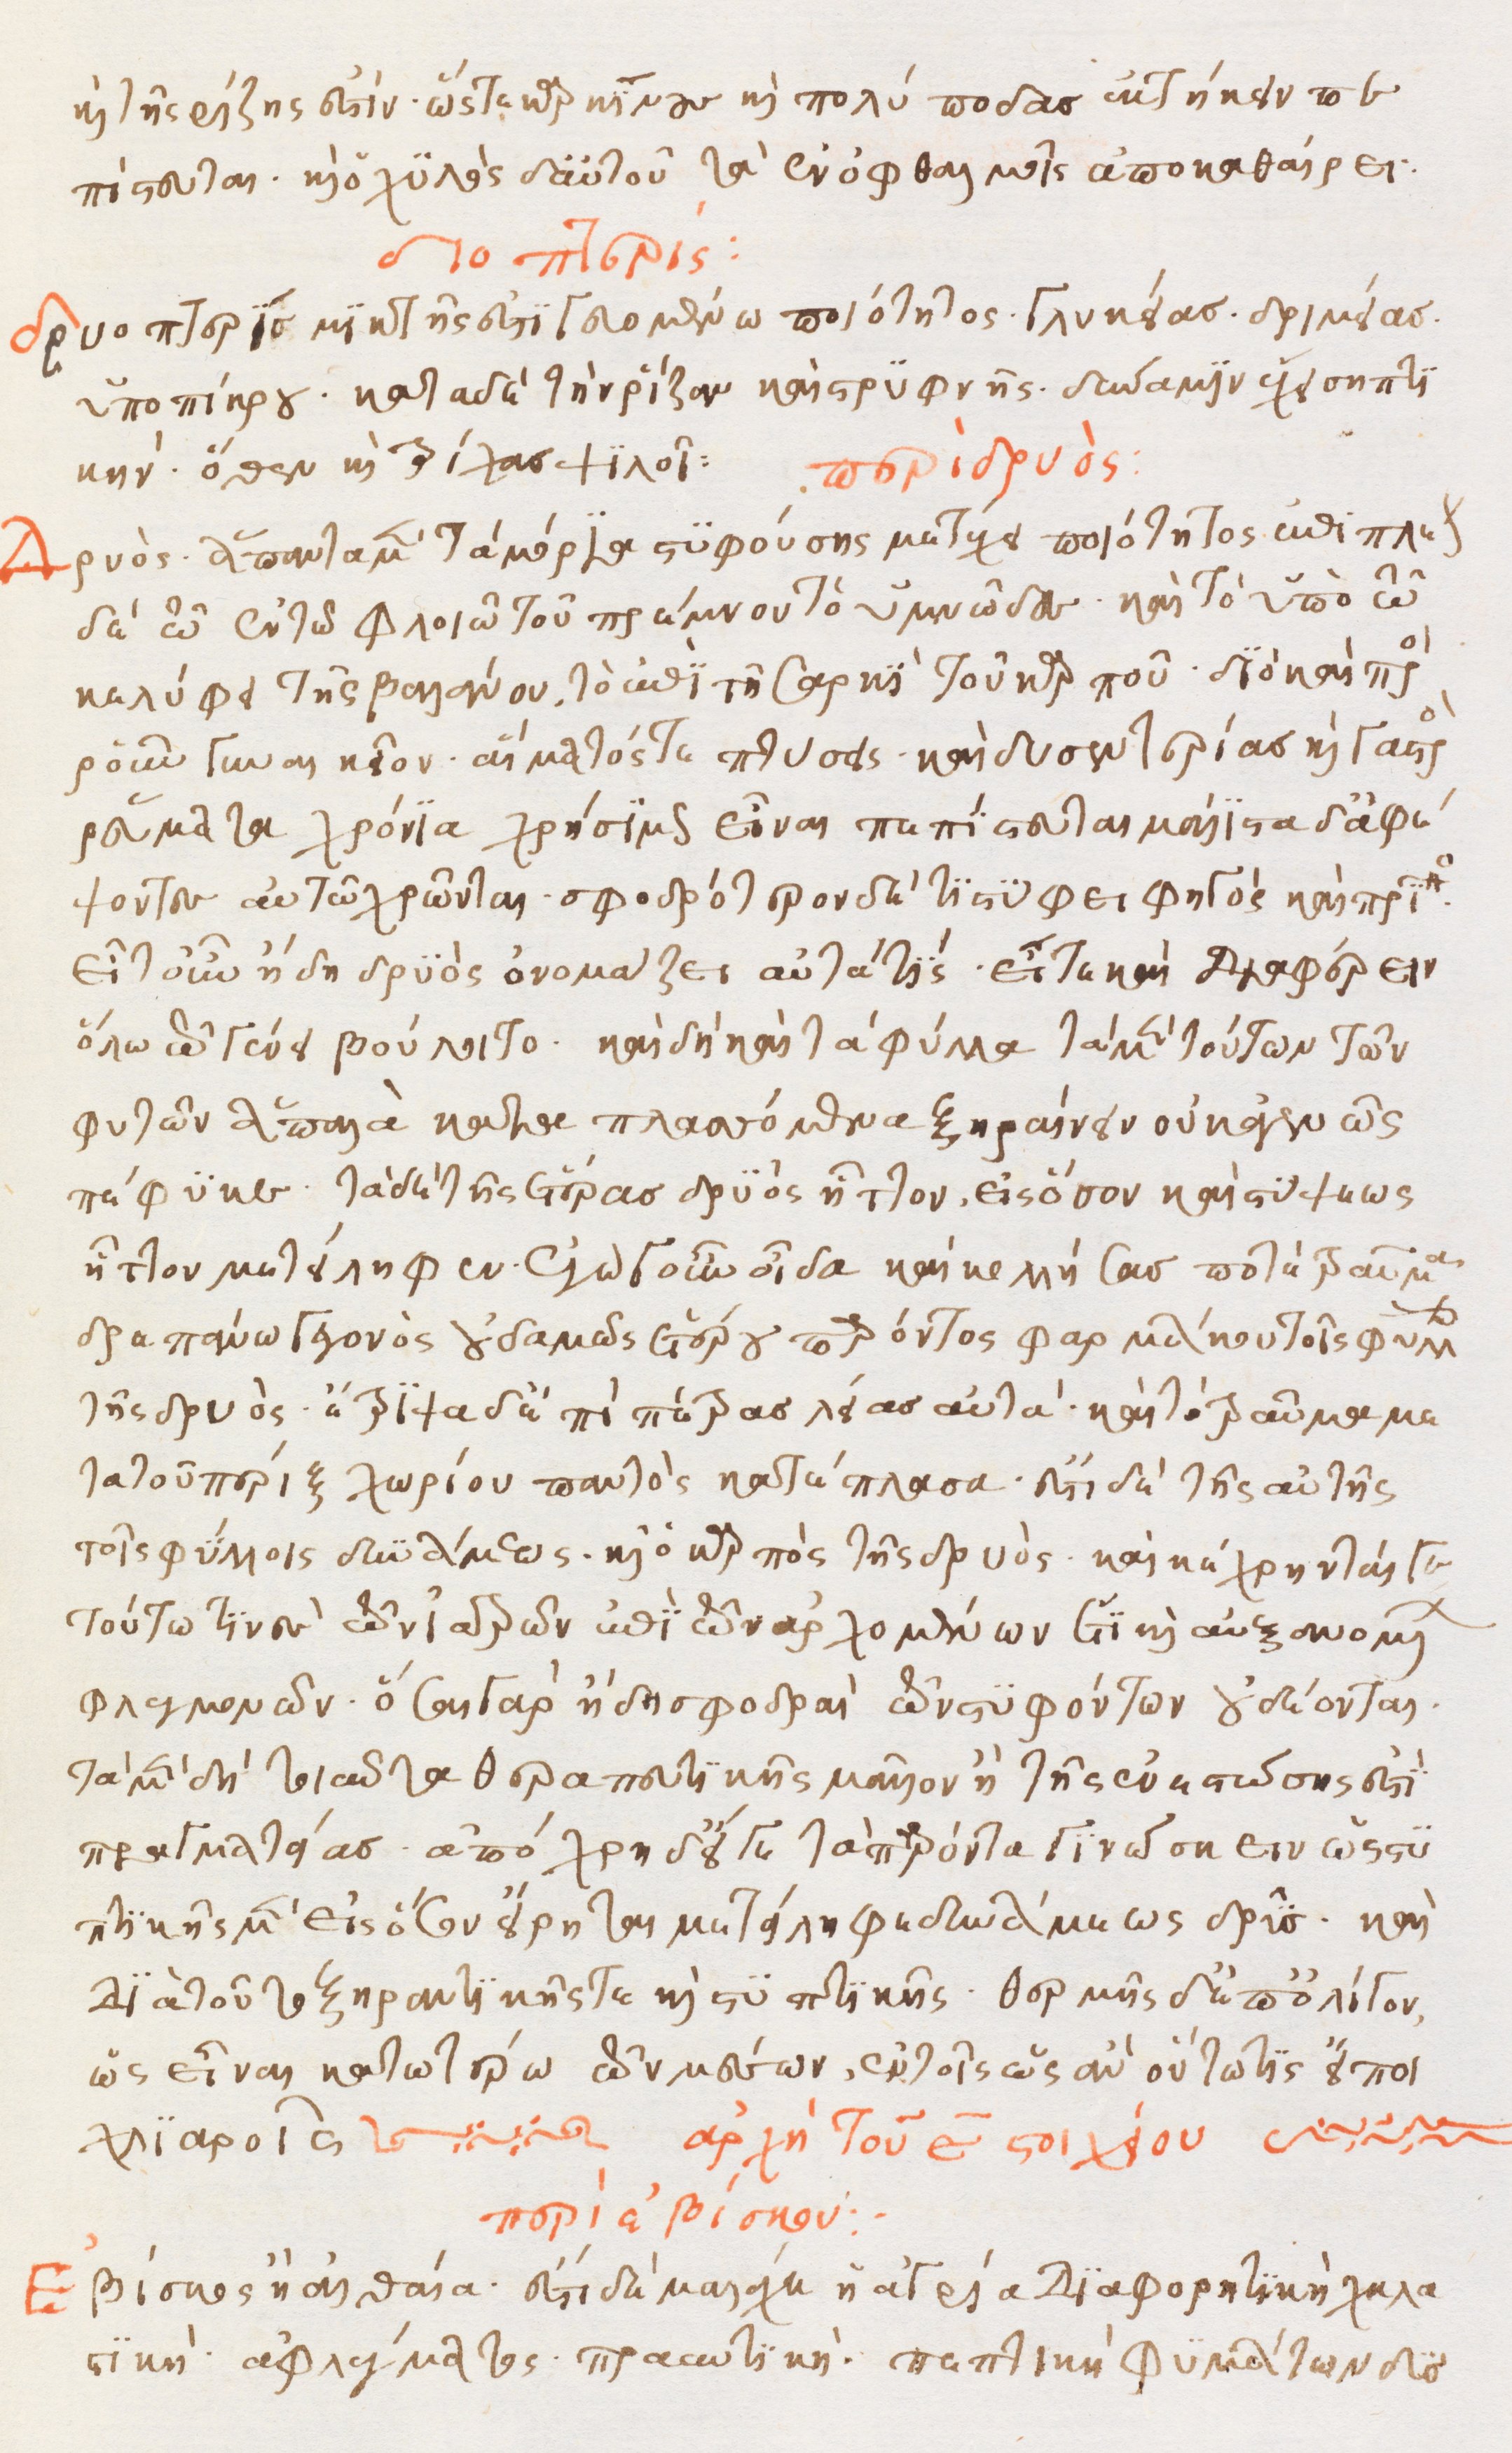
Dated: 1500–1599